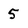
Character: 5